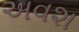
અવશ